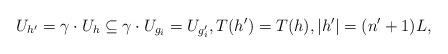
LaTeX: \begin{align*} U_{h'} = \gamma \cdot U_h \subseteq \gamma \cdot U_{g_i} = U_{g'_i}, T(h') = T(h), |h'| = (n' + 1)L, \end{align*}